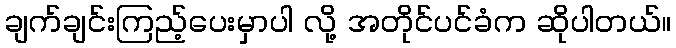
ချက်ချင်းကြည့်ပေးမှာပါ လို့ အတိုင်ပင်ခံက ဆိုပါတယ်။